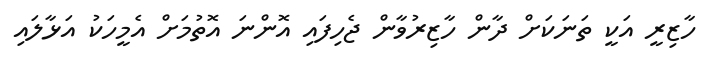
ހާޒިރީ އަކީ ތަނަކަށް ދާން ހާޒިރުވާން ޖެހިފައި އޮންނަ އޮތުމަށް އެމީހަކު އަޅާލައި